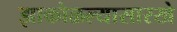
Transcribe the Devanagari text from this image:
झाकोळल्यासारखे